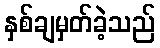
နှစ်ချမှတ်ခဲ့သည်